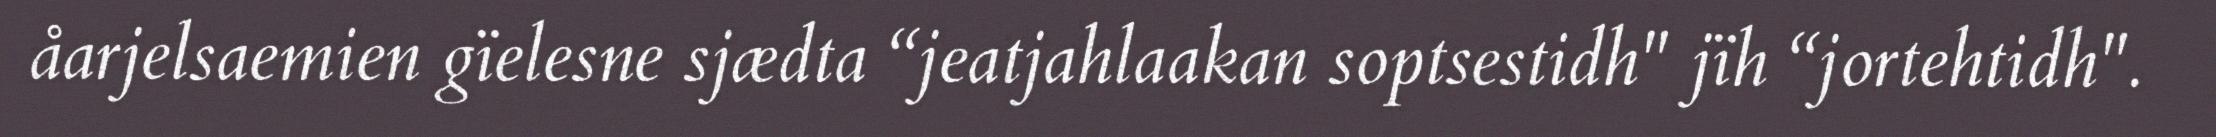
åarjelsaemien gïelesne sjædta “jeatjahlaakan soptsestidh" jïh “jortehtidh".